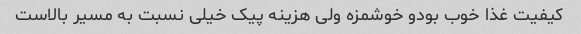
کیفیت غذا خوب بودو خوشمزه ولی هزینه پیک خیلی نسبت به مسیر بالاست